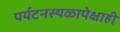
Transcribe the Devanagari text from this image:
पर्यटनस्थळापेक्षाही